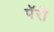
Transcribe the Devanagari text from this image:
पॅरो